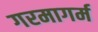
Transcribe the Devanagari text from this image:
गरमागर्म